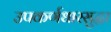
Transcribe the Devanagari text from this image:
उपकर्णधारसुद्धा